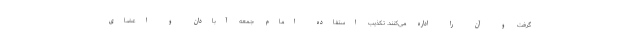
گرفت و آن را اداره می‌کنند. تکذیب استفاده امام جمعه آبادان و اعضای